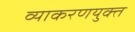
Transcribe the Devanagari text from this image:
व्याकरणयुक्त